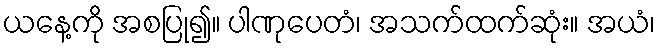
ယနေ့ကို အစပြု၍။ ပါဏုပေတံ၊ အသက်ထက်ဆုံး။ အယံ၊